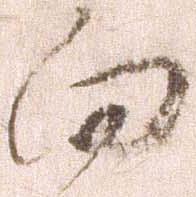
向